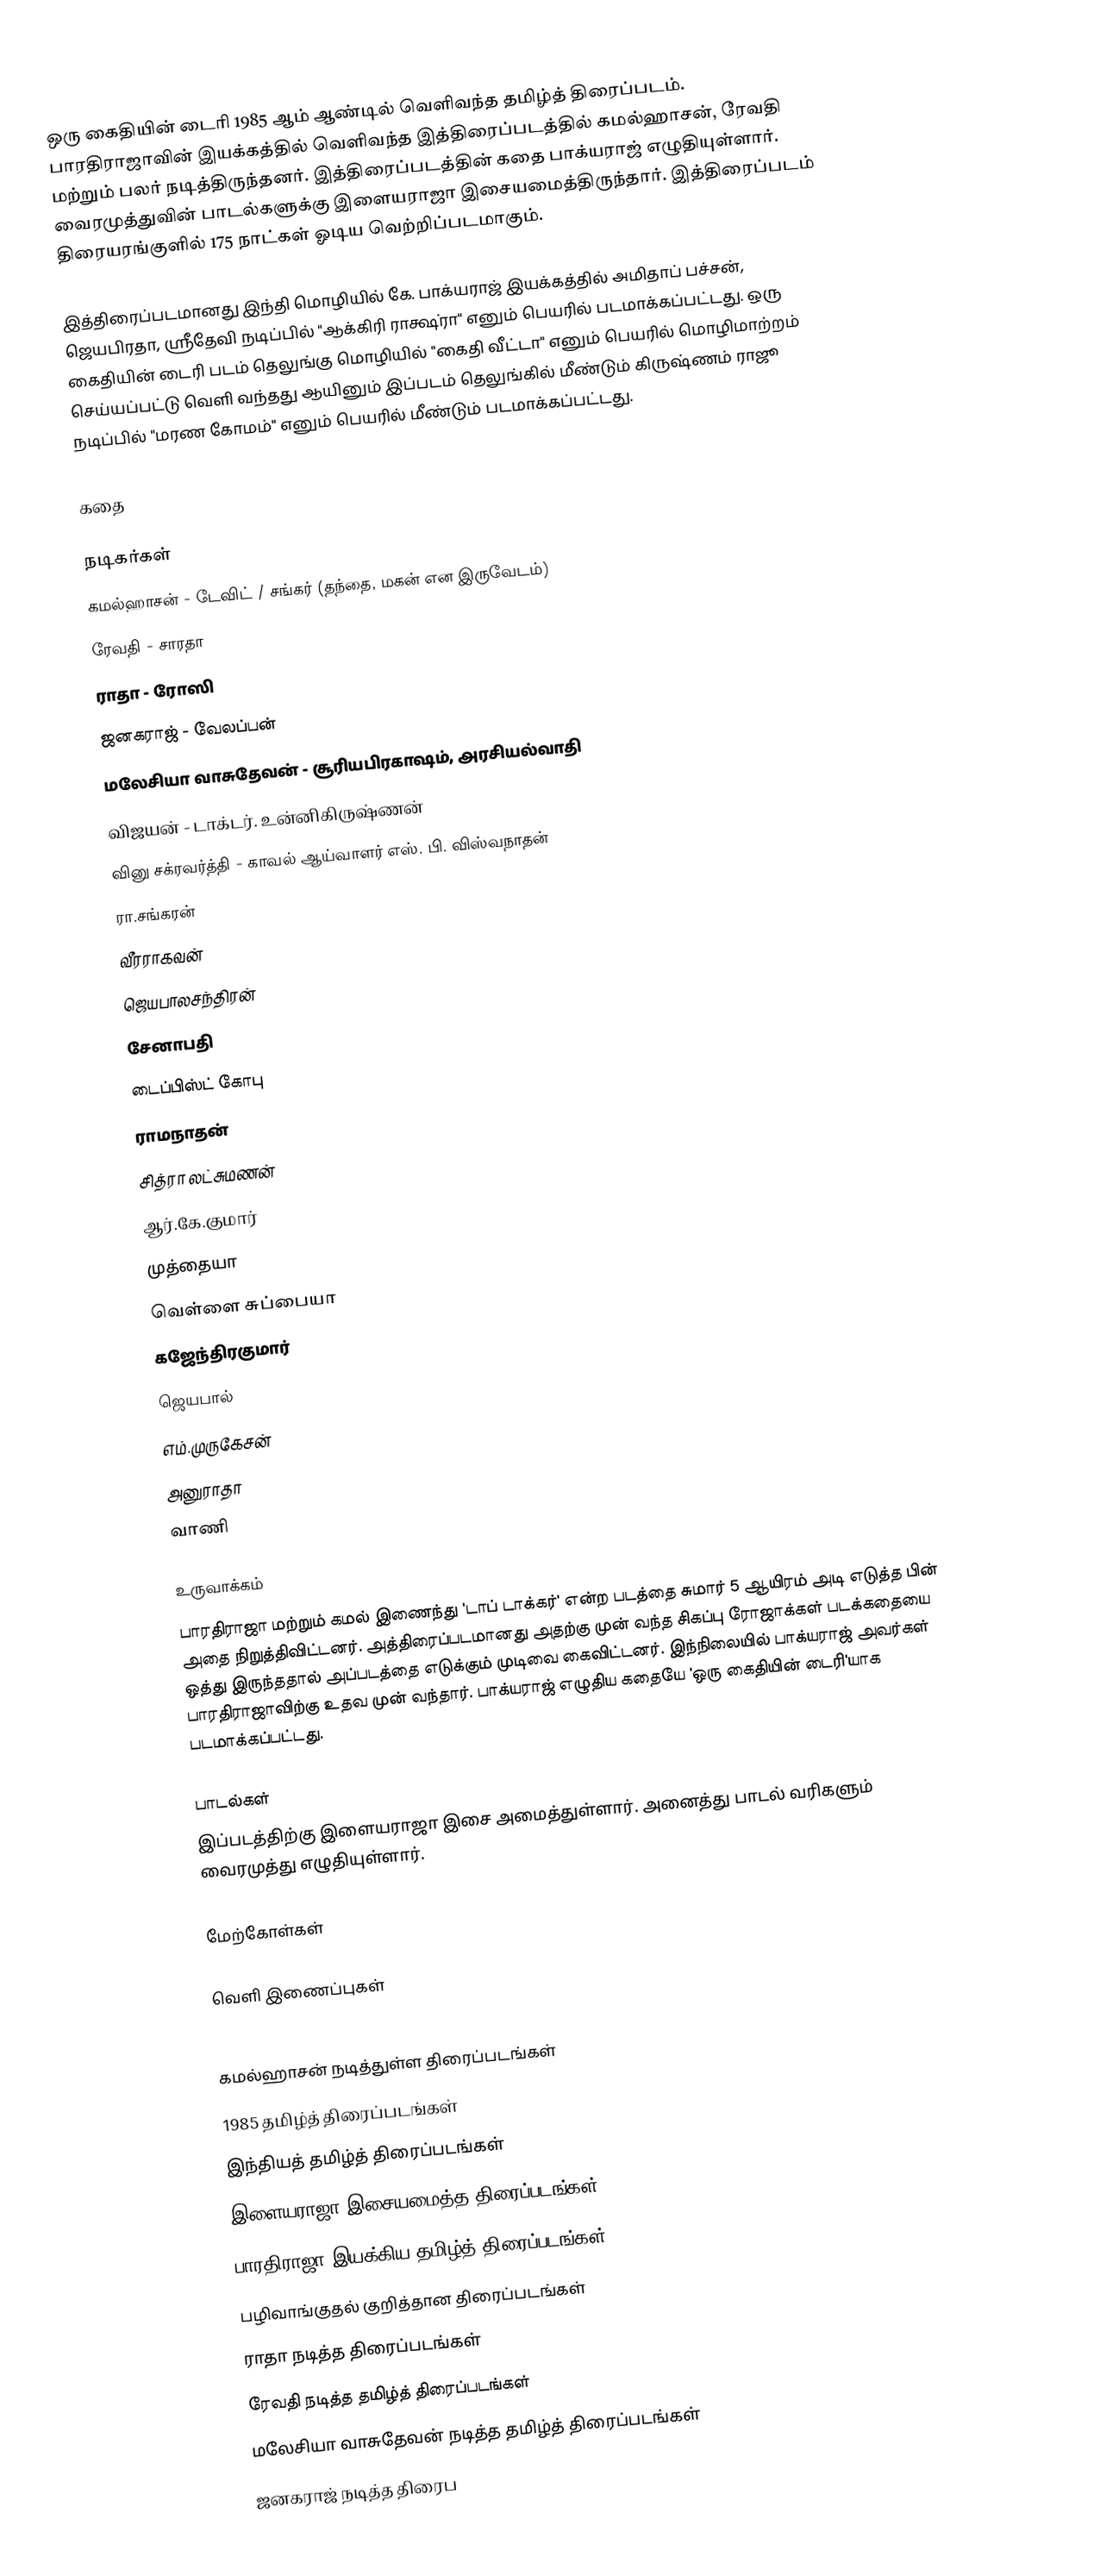
ஒரு கைதியின் டைரி 1985 ஆம் ஆண்டில் வெளிவந்த தமிழ்த் திரைப்படம். பாரதிராஜாவின் இயக்கத்தில் வெளிவந்த இத்திரைப்படத்தில் கமல்ஹாசன், ரேவதி மற்றும் பலர் நடித்திருந்தனர். இத்திரைப்படத்தின் கதை பாக்யராஜ் எழுதியுள்ளார். வைரமுத்துவின் பாடல்களுக்கு இளையராஜா இசையமைத்திருந்தார். இத்திரைப்படம் திரையரங்குளில் 175 நாட்கள் ஓடிய வெற்றிப்படமாகும்.

இத்திரைப்படமானது இந்தி மொழியில் கே. பாக்யராஜ் இயக்கத்தில் அமிதாப் பச்சன், ஜெயபிரதா, ஸ்ரீதேவி நடிப்பில் "ஆக்கிரி ராக்ஷ்ரா" எனும் பெயரில் படமாக்கப்பட்டது. ஒரு கைதியின் டைரி படம் தெலுங்கு மொழியில் "கைதி வீட்டா" எனும் பெயரில் மொழிமாற்றம் செய்யப்பட்டு வெளி வந்தது ஆயினும் இப்படம் தெலுங்கில் மீண்டும் கிருஷ்ணம் ராஜூ நடிப்பில் "மரண கோமம்" எனும் பெயரில் மீண்டும் படமாக்கப்பட்டது.

கதை

நடிகர்கள்
 கமல்ஹாசன் - டேவிட் / சங்கர் (தந்தை, மகன் என இருவேடம்)
 ரேவதி - சாரதா
 ராதா - ரோஸி
 ஜனகராஜ் - வேலப்பன்
 மலேசியா வாசுதேவன் - சூரியபிரகாஷம், அரசியல்வாதி
 விஜயன் - டாக்டர். உன்னிகிருஷ்ணன்
 வினு சக்ரவர்த்தி - காவல் ஆய்வாளர் எஸ். பி. விஸ்வநாதன்
 ரா.சங்கரன்
 வீரராகவன்
 ஜெயபாலசந்திரன்
 சேனாபதி
 டைப்பிஸ்ட் கோபு
 ராமநாதன்
 சித்ரா லட்சுமணன்
 ஆர்.கே.குமார்
 முத்தையா
 வெள்ளை சுப்பையா
 கஜேந்திரகுமார்
 ஜெயபால்
 எம்.முருகேசன்
 அனுராதா
 வாணி

உருவாக்கம்
பாரதிராஜா மற்றும் கமல் இணைந்து 'டாப் டாக்கர்' என்ற படத்தை சுமார் 5 ஆயிரம் அடி எடுத்த பின் அதை நிறுத்திவிட்டனர். அத்திரைப்படமானது அதற்கு முன் வந்த சிகப்பு ரோஜாக்கள் படக்கதையை ஒத்து இருந்ததால் அப்படத்தை எடுக்கும் முடிவை கைவிட்டனர். இந்நிலையில் பாக்யராஜ் அவர்கள் பாரதிராஜாவிற்கு உதவ முன் வந்தார். பாக்யராஜ் எழுதிய கதையே 'ஒரு கைதியின் டைரி'யாக படமாக்கப்பட்டது.

பாடல்கள்
இப்படத்திற்கு இளையராஜா இசை அமைத்துள்ளார். அனைத்து பாடல் வரிகளும் வைரமுத்து எழுதியுள்ளார்.

மேற்கோள்கள்

வெளி இணைப்புகள்

கமல்ஹாசன் நடித்துள்ள திரைப்படங்கள்
1985 தமிழ்த் திரைப்படங்கள்
இந்தியத் தமிழ்த் திரைப்படங்கள்
இளையராஜா இசையமைத்த திரைப்படங்கள்
பாரதிராஜா இயக்கிய தமிழ்த் திரைப்படங்கள்
பழிவாங்குதல் குறித்தான திரைப்படங்கள்
ராதா நடித்த திரைப்படங்கள்
ரேவதி நடித்த தமிழ்த் திரைப்படங்கள்
மலேசியா வாசுதேவன் நடித்த தமிழ்த் திரைப்படங்கள்
ஜனகராஜ் நடித்த திரைப